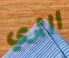
الثري